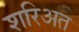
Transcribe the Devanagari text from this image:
शरिअत